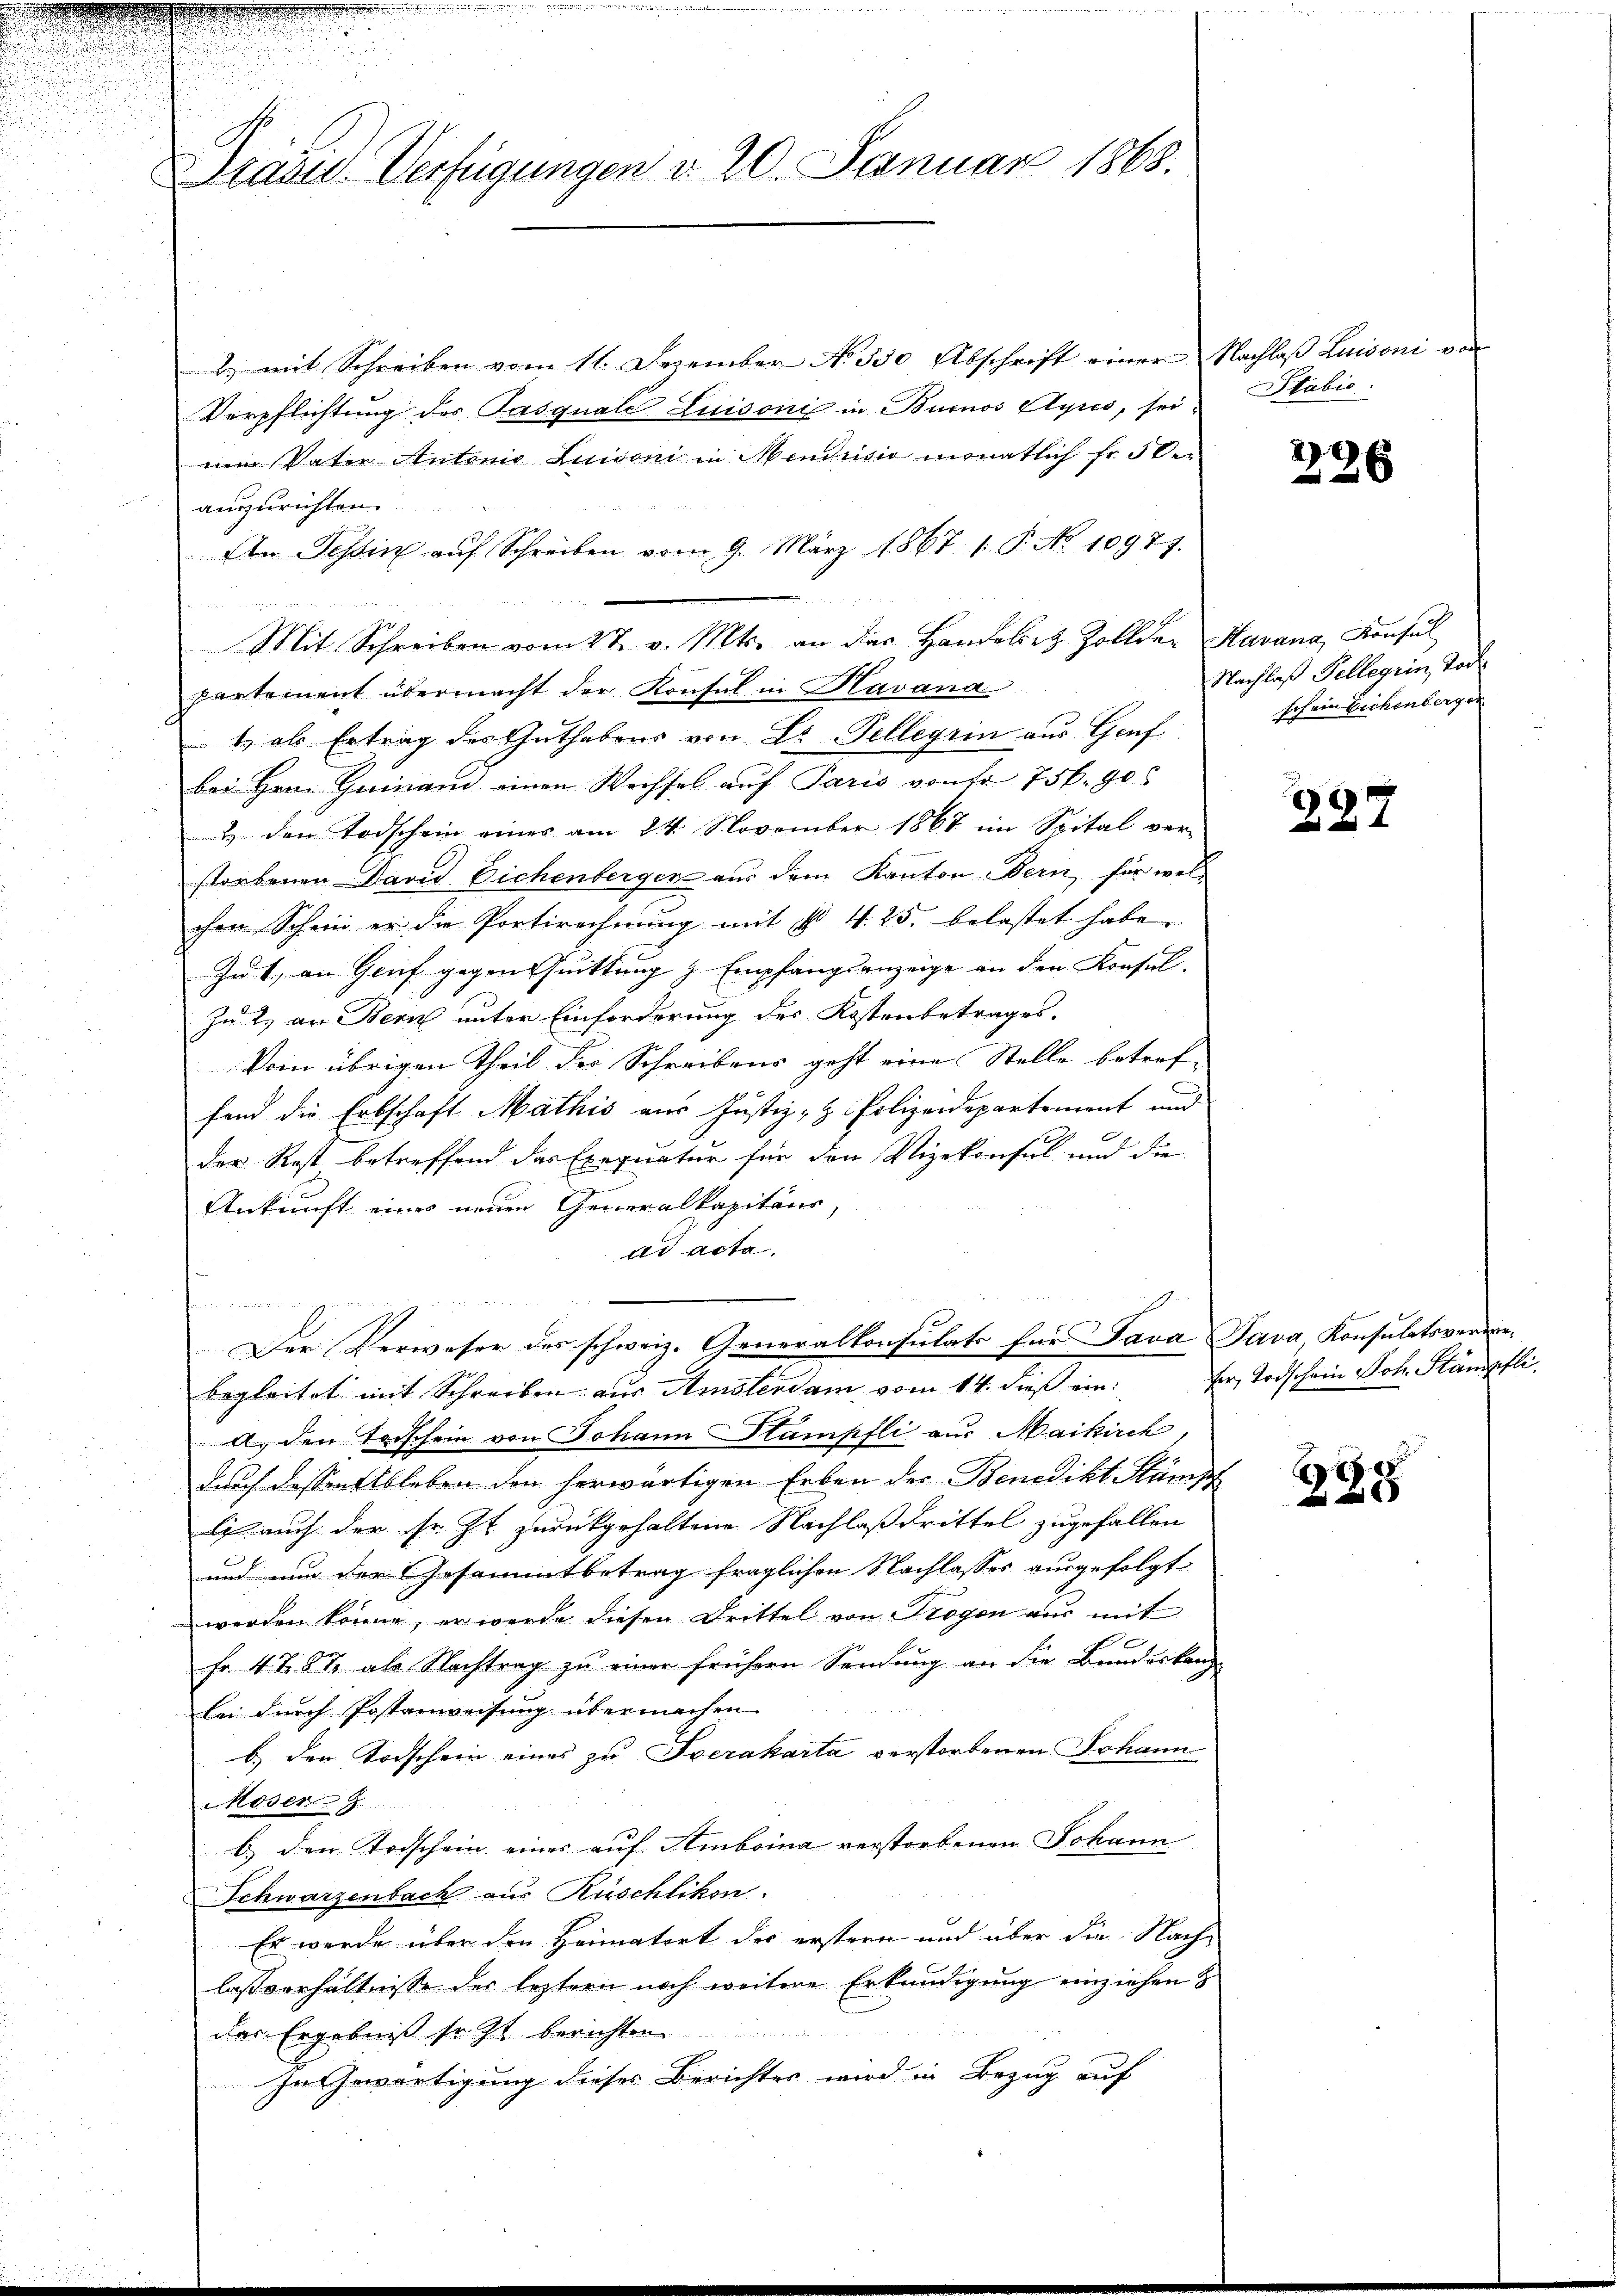
Jad. pag. 10. Januar 189

2) mit Schreiben vom 11. Dezember No. 350 Abschrift einer Nachlaß Luisoni von
Verpflichtung des Pasquale Luisonis in Buenos Ayres, seinein Vater Antonis Ludoni in Mendus monatlich fr. 50
auszurichten.
An Tessin aŭf Schreiben vom 9. März 1867. 1. P. No 10971.
Mit Schreiben vom 27. v. Mts. an das Handoliez Zollder Havana, Konsul
partement übermacht der Konsul in Havana
t als Ertrag des Guthabens von Dr. Tellerin aus Gruf
bei Hrn. Heinand einen Wechsel auf Paris von fr. 75 f. 90
& den Todschein eines am 24. November 1867 im Spital ver-
storbenen David Eichenbergen aus dem Kanton Bern, für welchen Schein er die Portirechnŭng mit § 4. 25. belastet habe.
Zu 1., an Genf gegentuittung z. Empfangsanzeige an den Konsul-
Zu 2. an Bern unter Einforderung des Kostenbetrages.
Vom übrigen Theil des Schreibens geht eine Stelle betref-
fend die Erbschaft Mathis aus Justiz- & Polizeidepartement und
der Rost betreffend das Exequatur für den Vizekonsul und die
Ankunft eines neuen Generalkapitäns,
ad acta.
s
Der Verweser des schweiz. Generalkonsulats für Java Java Konsulatsverwebegleitet mit Schreiben aus Amsterdam vom 14. dieß ein
A. den Todschein von Johann Stampfli aus Maikirch,
durch dessen Ableben den herwärtigen Erben der Benedikt Stämpf
li auch der sr. Zt. zurückgehaltene Nachlaß drittel zugefallen
und nun der Gesammtbetrag fraglichen Nachlasses ausgefolgt
werden könne, er werde diesen Drittel von Trogen aus mit
Fr. 4 t. 87 als Nachtrag zu einer frühern Sendung an die Bundeskanz
bei durch Postanweisung übermachen
b.) den Todschein eines zu verakarta verstorbenen Johann
Moser Z
b. den Todschein eines auf Amboina verstorbenen Johann
Schwarzenbach aus Rüschlikon.
Er werde über den Heimatort der erstern und über die Nach-
lassverhältnisse der leztern noch weitere Erkundigung einziehen &
des Ergebniß sr. Zt. berichten
In Gewärtigung dieses Berichtes wird in Bezug auf

Stabić

226

Nachlaß Sellegia, Tode
schein Eichenberger

237

fer Todschein Joh. Stämpfli

8